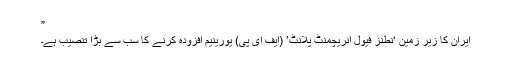
”
ایران کا زیر زمین ‘نطنز فیول انریچمنٹ پلانٹ’ (ایف ای پی) یورینیم افزودہ کرنے کا سب سے بڑا تنصیب ہے۔